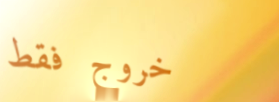
خروج فقط